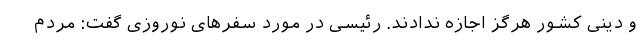
و دینی کشور هرگز اجازه ندادند. رئیسی در مورد سفرهای نوروزی گفت: مردم